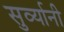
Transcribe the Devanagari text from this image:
सुर्व्यानी